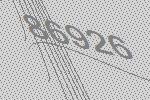
86926